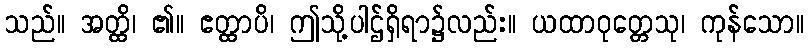
သည်။ အတ္ထိ၊ ၏။ ဧတ္ထာပိ၊ ဤသို့ပါဌ်ရှိရာ၌လည်း။ ယထာဝုတ္တေသု၊ ကုန်သော။